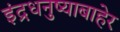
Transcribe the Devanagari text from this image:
इंद्रधनुष्याबाहेर